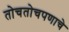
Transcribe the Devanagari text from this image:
तोचतोचपणाचे